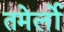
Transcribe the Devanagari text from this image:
तमेर्लो